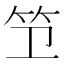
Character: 𫁱